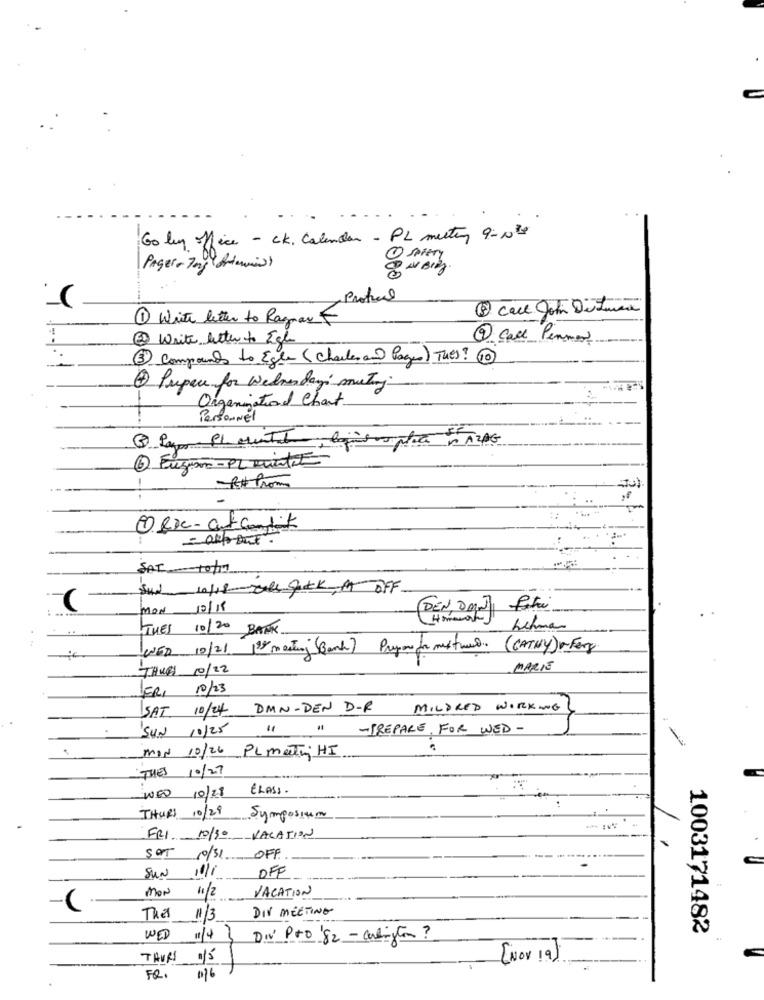
Go ly office - CK. Calendar - PL meeting 9-12
Pager + Tay ( Artemis)
(
Protil
9
5 call John Di Furent
1 With letter to Ragnar
3 Write better to Egh
9 Call Perner
3 Compounds to Egle (charles and Pages) They? 1
8 Prepare for wednesday muting
ganinational Chart
Personnel
-
RxProm
1ex- cutconfit
-all But .
SAT 10/
Sud 10/18 The Park, A OFF
MON 12/18
DEN, Del Patri
THES 10/20 BANK
WED 10/21 30 meeting (Bank) Pryor far mextur. (CATHY) Fery
THURS 10/22
MARIE
FRI 10/23
SAT. 10/24 DMN-DEN D.R
MILDRED WORKING
SUN 10/25
". " -PREPARE FOR WED -
MIN 10/26 PL meeting HI
THES 10/27
WED 10/28 CLASS.
THURS 10/28 Symposium
1
FRI 10/30 VACATION
SOT
10/31 OFF
SUN
OFF
11/1
MON
11/2
VACATION
DIV MEETING
The
11/3
1003171482
WED
DIV Pro 'S2 - arlington ?
THURI
015
(NOV 19)
FRI